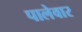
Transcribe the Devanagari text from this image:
पालेवार